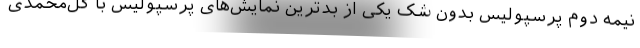
نیمه دوم پرسپولیس بدون شک یکی از بدترین نمایش‌های پرسپولیس با گل‌محمدی